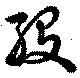
歿